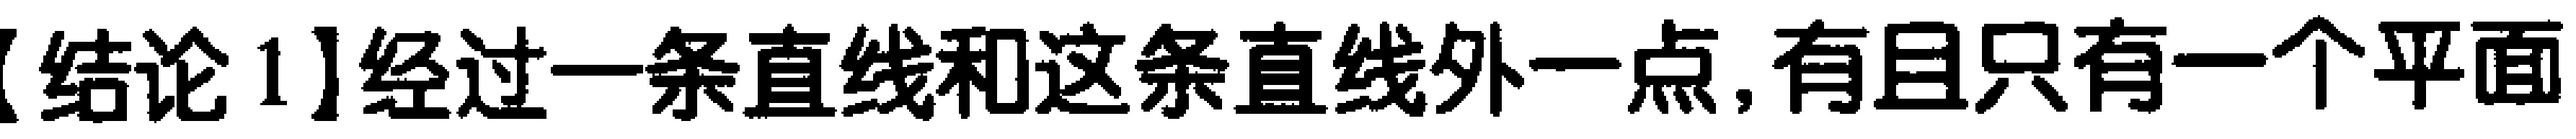
【结论 1】经过一条直线和这条直线外一点,有且只有一个平面